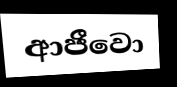
ආජීවො